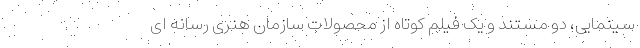
سینمایی، دو مستند و یک فیلم کوتاه از محصولات سازمان هنری رسانه ای